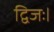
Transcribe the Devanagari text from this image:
द्विजः।